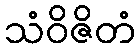
သံဝိဇိတံ